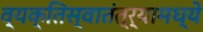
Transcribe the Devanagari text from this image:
व्यक्तिस्वातंत्र्यामध्ये